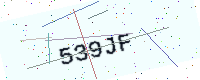
Text: 539JF